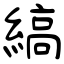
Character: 縞